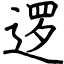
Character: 逻